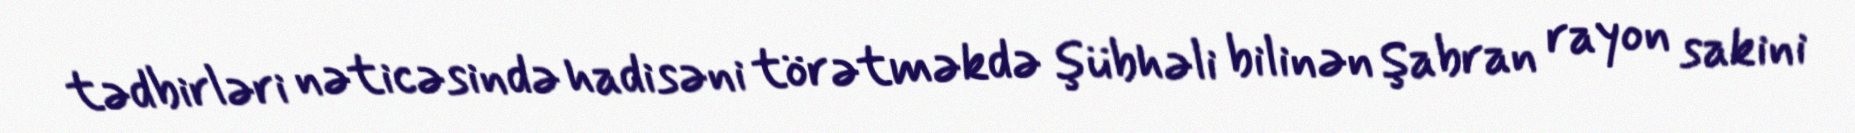
tədbirləri nəticəsində hadisəni törətməkdə şübhəli bilinən Şabran rayon sakini